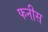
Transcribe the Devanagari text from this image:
फनीस